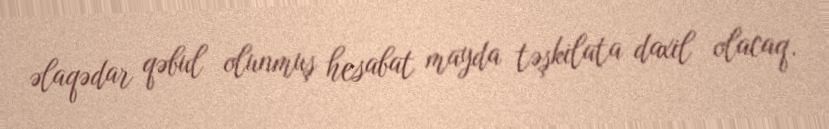
əlaqədar qəbul olunmuş hesabat mayda təşkilata daxil olacaq.